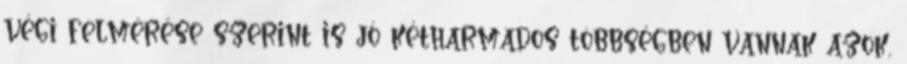
végi felmérése szerint is jó kétharmados többségben vannak azok,